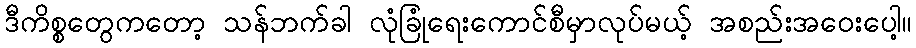
ဒီကိစ္စတွေကတော့ သန်ဘက်ခါ လုံခြုံရေးကောင်စီမှာလုပ်မယ့် အစည်းအဝေးပေါ့။